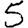
Digit: 5